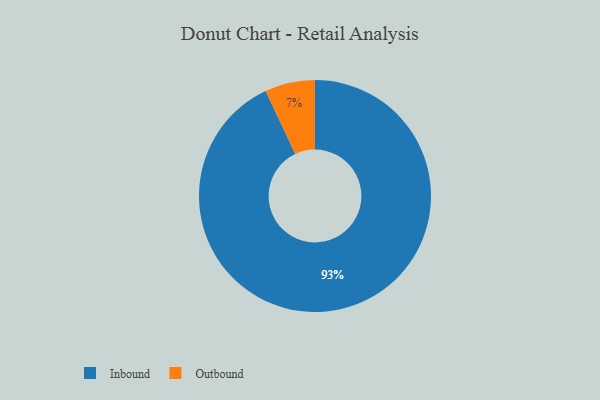
{"axis": {"x": "Category", "y": "Percentage"}, "legend": ["Inbound", "Outbound"], "data": [{"x": "Inbound", "y": 93, "type": "Inbound"}, {"x": "Outbound", "y": 7, "type": "Outbound"}]}